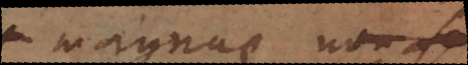
magnus, non